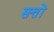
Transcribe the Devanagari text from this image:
सत्तों